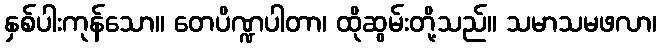
နှစ်ပါးကုန်သော။ တေပိဏ္ဍပါတာ၊ ထိုဆွမ်းတို့သည်။ သမာသမဖလာ၊